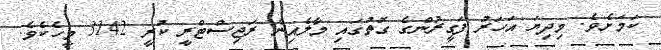
ކަމަށެވެ. މިދިޔަ އަހަރު ފަގީރުންގެ ގޮތުގައި މާލެއިން ރަޖިސްޓްރީ ކުރީ 3142 މީހެކެވެ.